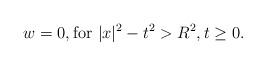
LaTeX: \begin{align*} w = 0, \mathrm{for} \ |x|^2 - t^2 > R^2, t \ge 0.\end{align*}